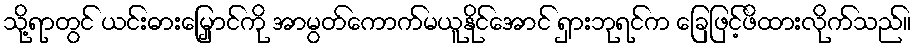
သို့ရာတွင် ယင်းဓားမြှောင်ကို အာမွတ်ကောက်မယူနိုင်အောင် ရှားဘုရင်က ခြေဖြင့်ဖိထားလိုက်သည်။